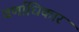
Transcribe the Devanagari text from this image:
वर्णाधिकार